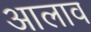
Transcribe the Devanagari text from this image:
आलाव